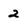
Character: 2